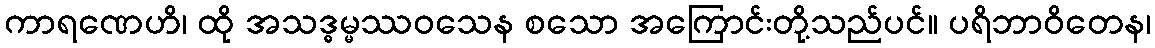
ကာရဏေဟိ၊ ထို အသဒ္ဓမ္မဿဝသေန စသော အကြောင်းတို့သည်ပင်။ ပရိဘာဝိတေန၊